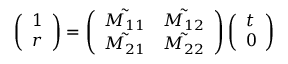
\left( \begin{array} { l } { 1 } \\ { r } \end{array} \right) = \left( \begin{array} { l l } { \tilde { M _ { 1 1 } } } & { \tilde { M _ { 1 2 } } } \\ { \tilde { M _ { 2 1 } } } & { \tilde { M _ { 2 2 } } } \end{array} \right) \left( \begin{array} { l } { t } \\ { 0 } \end{array} \right)